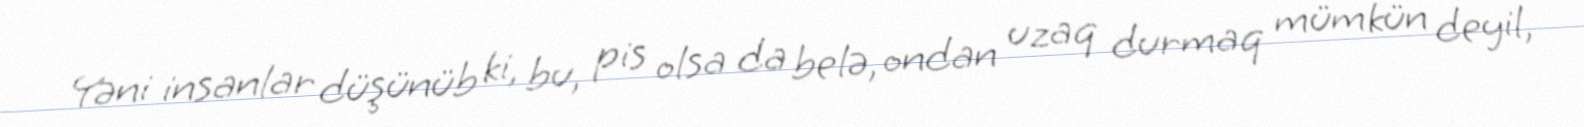
Yəni insanlar düşünüb ki, bu, pis olsa da belə, ondan uzaq durmaq mümkün deyil,